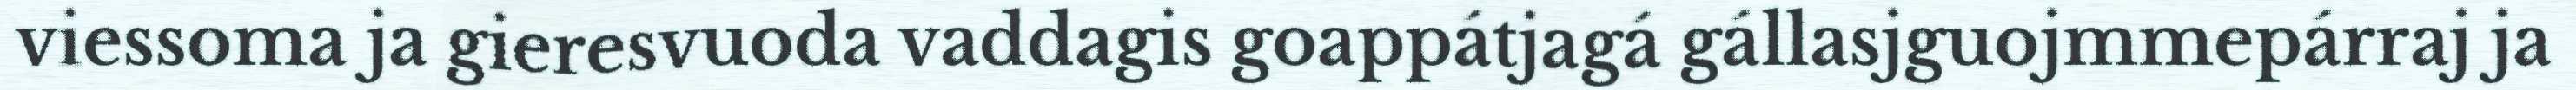
viessoma ja gieresvuoda vaddagis goappátjagá gállasjguojmmepárraj ja